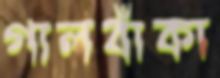
গালবাঁকা